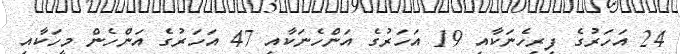
24 އަހަރުގެ ފިރިހެނަކާއި 19 އަހަރުގެ އަންހެނަކާއި 47 އަހަރުގެ އަންހެން މީހަކާއި